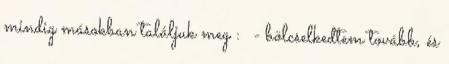
mindig másokban találjuk meg : - bölcselkedtem tovább, és